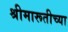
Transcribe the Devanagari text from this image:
श्रीमारूतीच्या